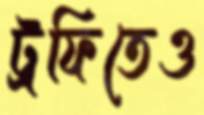
ট্রফিতেও